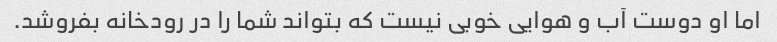
اما او دوست آب و هوایی خوبی نیست که بتواند شما را در رودخانه بفروشد.